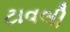
ટાવલી